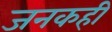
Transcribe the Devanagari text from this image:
जनकही